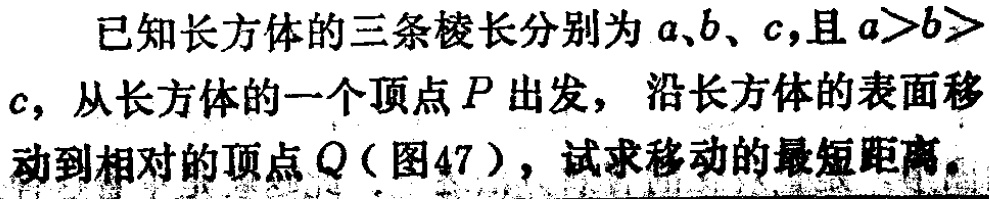
已知长方体的三条棱长分别为\(a\)、\(b\)、\(c\)，且\(a > b > c\)，从长方体的一个顶点\(P\)出发，沿长方体的表面移动到相对的顶点\(Q\)（图47），试求移动的最短距离。